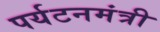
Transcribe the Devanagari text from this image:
पर्यटनमंत्री